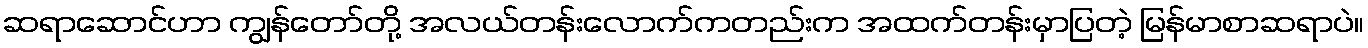
ဆရာဆောင်ဟာ ကျွန်တော်တို့ အလယ်တန်းလောက်ကတည်းက အထက်တန်းမှာပြတဲ့ မြန်မာစာဆရာပဲ။